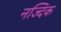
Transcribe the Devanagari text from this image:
नज्दिक